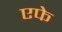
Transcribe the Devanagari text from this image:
एफे